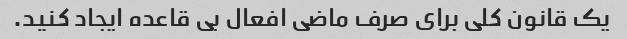
یک قانون کلی برای صرف ماضی افعال بی قاعده ایجاد کنید.